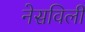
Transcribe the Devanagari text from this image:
नेसविलीं